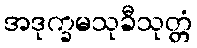
အဒုက္ခမသုခီသုတ္တံ